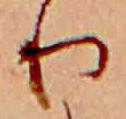
り